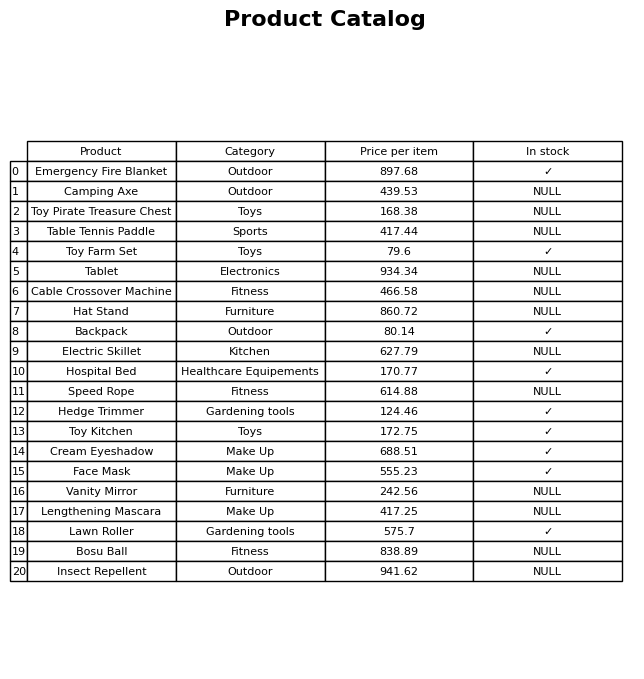
question: What is the price for Speed Rope?
answer: The price of Speed Rope is 614.88.